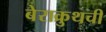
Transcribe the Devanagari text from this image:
बेराक्रुथची